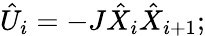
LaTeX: {\hat{U}}_{i}=-J{\hat{X}}_{i}{\hat{X}}_{i+1};